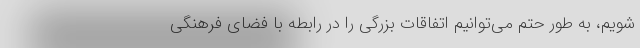
شویم، به طور حتم می‌توانیم اتفاقات بزرگی را در رابطه با فضای فرهنگی